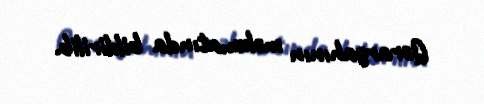
Qərargahının məlumatında bildirilib.